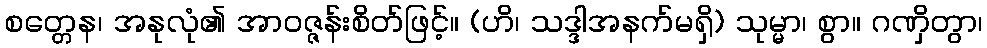
စတ္တေန၊ အနုလုံ၏ အာဝဇ္ဇန်းစိတ်ဖြင့်။ (ဟိ၊ သဒ္ဒါအနက်မရှိ) သုမ္မာ၊ စွာ။ ဂဏှိတွာ၊